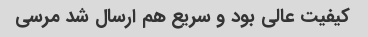
کیفیت عالی بود و سریع هم ارسال شد مرسی